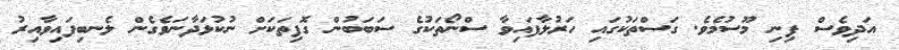
އަދިވެސް ފިނި މޫސުމެވެ. ގަސްތަކުގައި ހަރުލާފައިވާ ސްނޯތަކުގެ ސަބަބުން ގޮފިތަކަށް ނުކުޅަދާނަވެގެން ލެނބިފައިވާއިރު